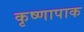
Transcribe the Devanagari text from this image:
कृष्णापाक